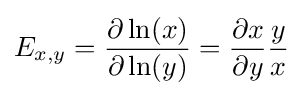
E_{x,y}={\frac {\partial \ln(x)}{\partial \ln(y)}}={\frac {\partial x}{\partial y}}{\frac {y}{x}}